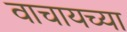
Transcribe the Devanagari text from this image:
वाचायच्या